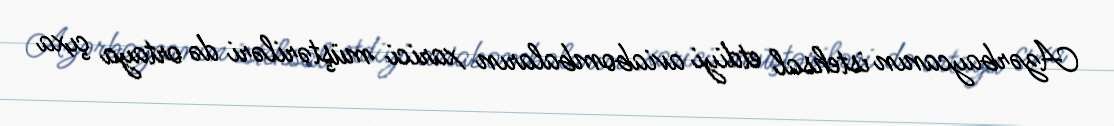
Azərbaycanın istehsal etdiyi aviabombaların xarici müştəriləri də ortaya çıxa